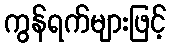
ကွန်ရက်များဖြင့်